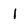
Character: 1